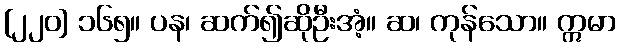
[၂၂၀] ၁၆၅။ ပန၊ ဆက်၍ဆိုဦးအံ့။ ဆ၊ ကုန်သော။ ဣမာ